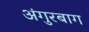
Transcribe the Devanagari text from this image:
अंगुरबाग